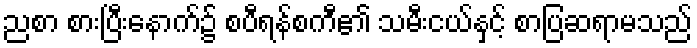
ညစာ စားပြီးနောက်၌ စပီရန်စကီ၏ သမီးငယ်နှင့် စာပြဆရာမသည်